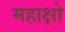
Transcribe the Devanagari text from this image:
महाक्षो